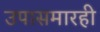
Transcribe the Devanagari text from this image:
उपासमारही